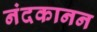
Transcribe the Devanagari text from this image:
नंदकानन